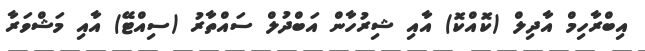
އިބްރާހިމް އާދިލް (ކޮއްކޮ) އާއި ޝިރުހާން އަބްދުލް ސައްތާރު (ސިއްޓޭ) އާއި މަޝްވަރާ